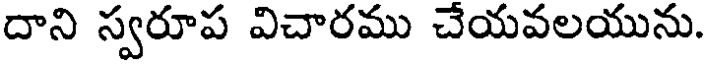
దాని స్వరూప విచారము చేయవలయును.